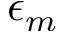
\epsilon _ { m }